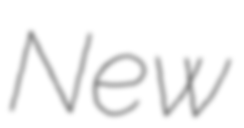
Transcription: New